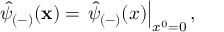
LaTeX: \hat { \psi } _ { ( - ) } ( { \bf x } ) = \left. \hat { \psi } _ { ( - ) } ( x ) \right| _ { x ^ { 0 } = 0 } , \; \;